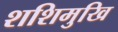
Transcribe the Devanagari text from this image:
शशिमुखि